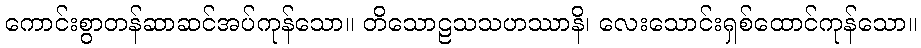
ကောင်းစွာတန်ဆာဆင်အပ်ကုန်သော။ တိသောဠသသဟဿာနိ၊ လေးသောင်းရှစ်ထောင်ကုန်သော။